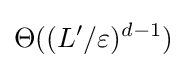
\Theta ((L'/\varepsilon )^{d-1})